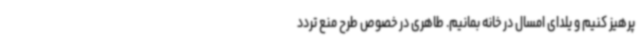
پرهیز کنیم و یلدای امسال در خانه بمانیم. طاهری در خصوص طرح منع تردد